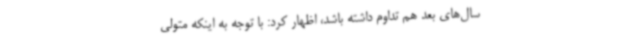
سال‌های بعد هم تداوم داشته باشد، اظهار کرد: با توجه به اینکه متولی